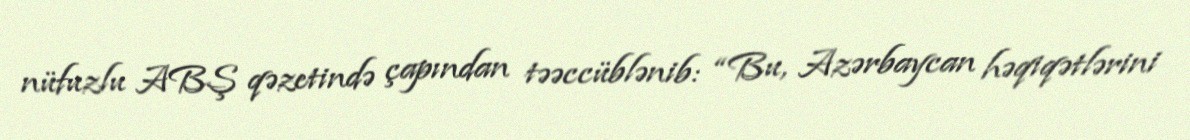
nüfuzlu ABŞ qəzetində çapından təəccüblənib: “Bu, Azərbaycan həqiqətlərini